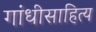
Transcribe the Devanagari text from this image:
गांधीसाहित्य